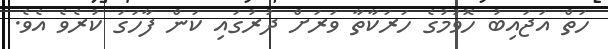
ހަތް އަޖައިބު ހޮވުމުގެ ހަރަކާތާ ވަރަށް ދުރުގައި ކަން ފާހަގަ ކުރެވެ އެވެ.